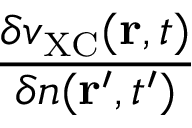
\frac { \delta v _ { \scriptscriptstyle \mathrm { X C } } ( { \bf r } , t ) } { \delta n ( { \bf r } ^ { \prime } , t ^ { \prime } ) }